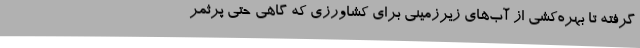
گرفته تا بهره‌کشی از آب‌های زیرزمینی برای کشاورزی که گاهی حتی پرثمر